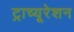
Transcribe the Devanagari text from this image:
ट्राच्यूरेशन